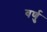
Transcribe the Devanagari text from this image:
वर्णु